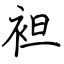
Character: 袒